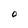
Character: O